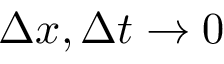
\Delta x , \Delta t \rightarrow 0